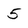
Character: 5